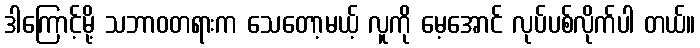
ဒါကြောင့်မို့ သဘာဝတရားက သေတော့မယ့် လူကို မေ့အောင် လုပ်ပစ်လိုက်ပါ တယ်။